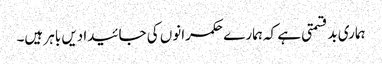
ہماری بدقسمتی ہے کہ ہمارے حکمرانوں کی جائیدادیں باہر ہیں۔